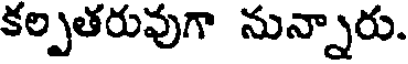
కల్పతరువుగా నున్నారు.